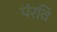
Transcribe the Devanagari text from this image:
पंरवि